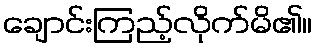
ချောင်းကြည့်လိုက်မိ၏။